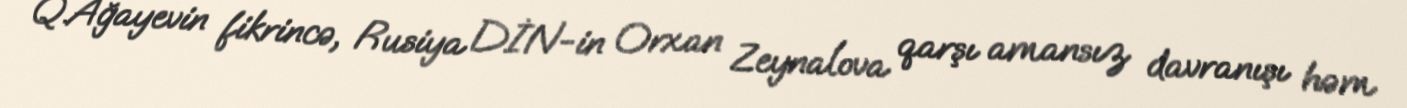
Q.Ağayevin fikrincə, Rusiya DİN-in Orxan Zeynalova qarşı amansız davranışı həm